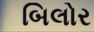
બિલોર